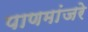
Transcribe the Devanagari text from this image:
पाणमांजरे